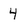
Character: 4